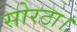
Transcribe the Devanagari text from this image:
सोरठा।